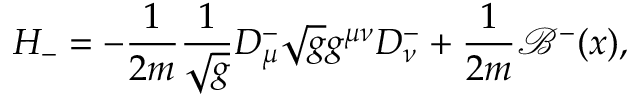
H _ { - } = - \frac { 1 } { 2 m } \frac { 1 } { \sqrt { g } } D _ { \mu } ^ { - } \sqrt { g } g ^ { \mu \nu } D _ { \nu } ^ { - } + \frac { 1 } { 2 m } { \mathcal { B } } ^ { - } ( x ) ,